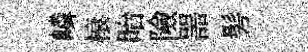
嶙榱眙險噐髣